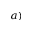
^ { a ) }